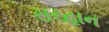
સરહાન